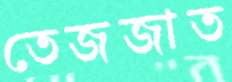
তেজজাত